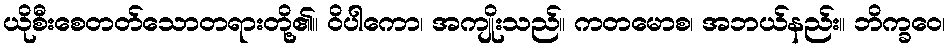
ယိုစီးစေတတ်သောတရားတို့၏။ ဝိပါကော၊ အကျိုးသည်။ ကတမောစ၊ အဘယ်နည်း။ ဘိက္ခဝေ၊